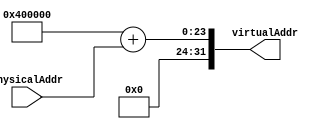
module PCEncoder(
    input [9:0] physicalAddr,
    output [31:0] virtualAddr
);
    wire [31:0] physicalAddr32;

    assign physicalAddr32 = {22'b0,physicalAddr} ;
    assign virtualAddr = 32'h00400000 + physicalAddr32;


endmodule